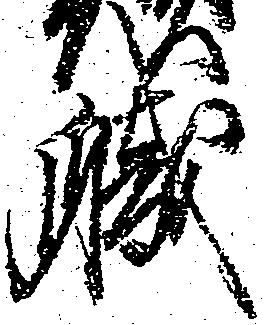
職